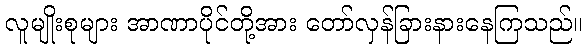
လူမျိုးစုများ အာဏာပိုင်တို့အား တော်လှန်ခြားနားနေကြသည်။